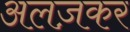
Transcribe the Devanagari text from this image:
अलज़कर